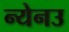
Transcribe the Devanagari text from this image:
न्येनउ